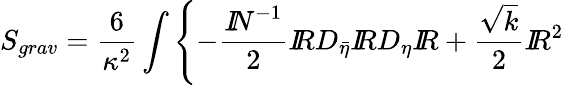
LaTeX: S_{grav}=\frac{6}{\kappa^{2}}\int\left\{ -\frac{{I\! \! N}^{-1}}{2}{I\! \! R}D_{\bar{\eta}}{I\! \! R}D_{\eta}{I\! \! R}+\frac{\sqrt{k}}{2}{I\! \! R}^{2}\right.